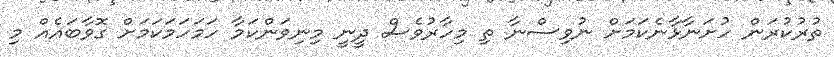
ތުރުކުރަން ހުށަނާޅާނެކަމަށް ނުވިސްނާ ތި މިހާރުވެސް ދީނީ މިނިވަންކަމާ ހަމަހަމަކަމަށް ގޮވާބައެއް މި